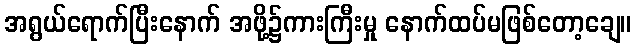
အရွယ်ရောက်ပြီးနောက် အဖို့၌ကားကြီးမှု နောက်ထပ်မဖြစ်တော့ချေ။